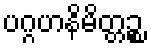
ပဂ္ဂဟနိမိတ္တဉ္စ